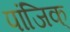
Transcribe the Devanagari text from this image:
पांजिक्